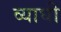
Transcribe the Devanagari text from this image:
व्याघी